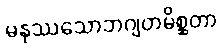
မနုဿသောဘဂျတမိစ္ဆတာ